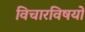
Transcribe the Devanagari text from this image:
विचारविषयों